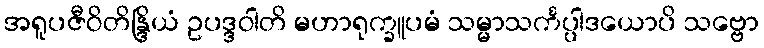
အရူပဇီဝိတိန္ဒြိယံ ဥပဒ္ဒဝါတိ မဟာရုက္ခူပမံ သမ္မာသင်္ကပ္ပါဒယောပိ သဗ္ဗော